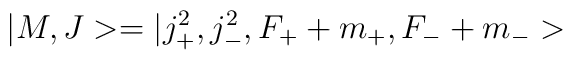
| M, J > = | j_+^2, j_-^2, F_+ + m_+, F_- + m_- >